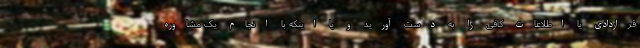
قراردادی یا اطلاعات کافی را به دست آورید و یا اینکه با انجام یک مشاوره